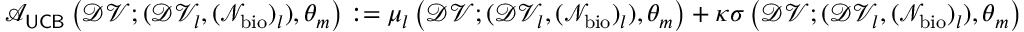
\mathcal { A } _ { \sf U C B } \left( \mathcal { D V } ; ( \mathcal { D V } _ { l } , ( \mathcal { N } _ { \mathrm { b i o } } ) _ { l } ) , \theta _ { m } \right) : = \mu _ { l } \left( \mathcal { D V } ; ( \mathcal { D V } _ { l } , ( \mathcal { N } _ { \mathrm { b i o } } ) _ { l } ) , \theta _ { m } \right) + \kappa \sigma \left( \mathcal { D V } ; ( \mathcal { D V } _ { l } , ( \mathcal { N } _ { \mathrm { b i o } } ) _ { l } ) , \theta _ { m } \right)